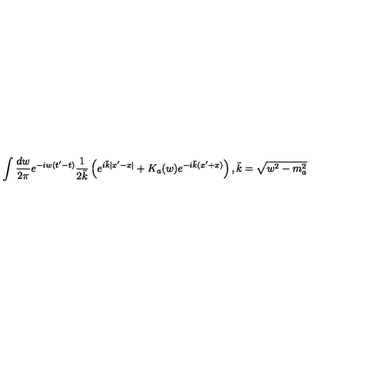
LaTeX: \int \frac { d w } { 2 \pi } e ^ { - i w ( t ^ { \prime } - t ) } \frac { 1 } { 2 \bar { k } } \left( e ^ { i \bar { k } | x ^ { \prime } - x | } + K _ { a } ( w ) e ^ { - i \bar { k } ( x ^ { \prime } + x ) } \right) , \bar { k } = \sqrt { w ^ { 2 } - m _ { a } ^ { 2 } }